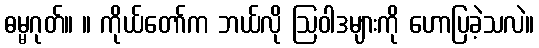
ဓမ္မဂုတ်။ ။ ကိုယ်တော်က ဘယ်လို ဩဝါဒများကို ဟောပြခဲ့သလဲ။